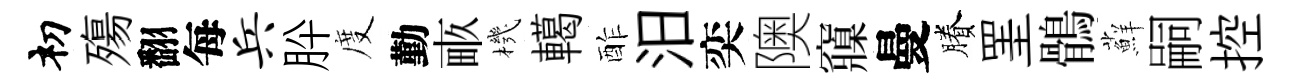
𥘉殤翻每兵肸度勤畞機轕酢汨奕隩䆿曼賸罣鶻蘚嗣控